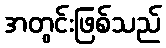
အတွင်းဖြစ်သည်